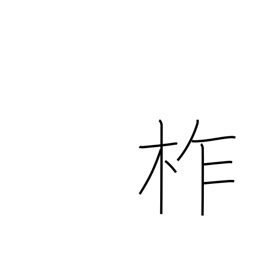
Meaning: type of oak